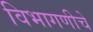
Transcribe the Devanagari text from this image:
विभागणीचे